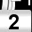
Digit: 2